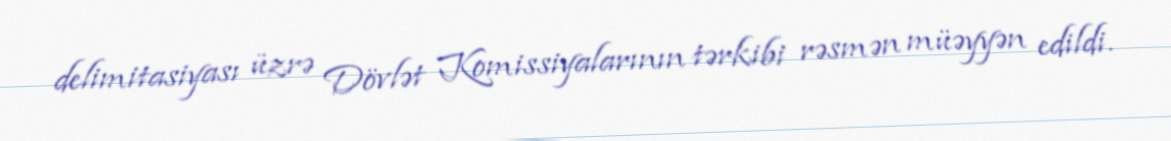
delimitasiyası üzrə Dövlət Komissiyalarının tərkibi rəsmən müəyyən edildi.